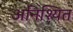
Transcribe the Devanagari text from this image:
अनिश्यित